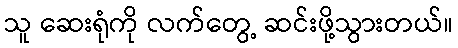
သူ ဆေးရုံကို လက်တွေ့ ဆင်းဖို့သွားတယ်။